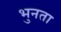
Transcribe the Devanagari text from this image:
भुनता